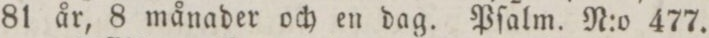
81 år, 8 månader och en dag. Pſalm. N:o 477.